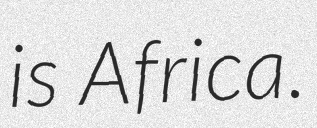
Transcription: is Africa.